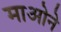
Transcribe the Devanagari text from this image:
माओने